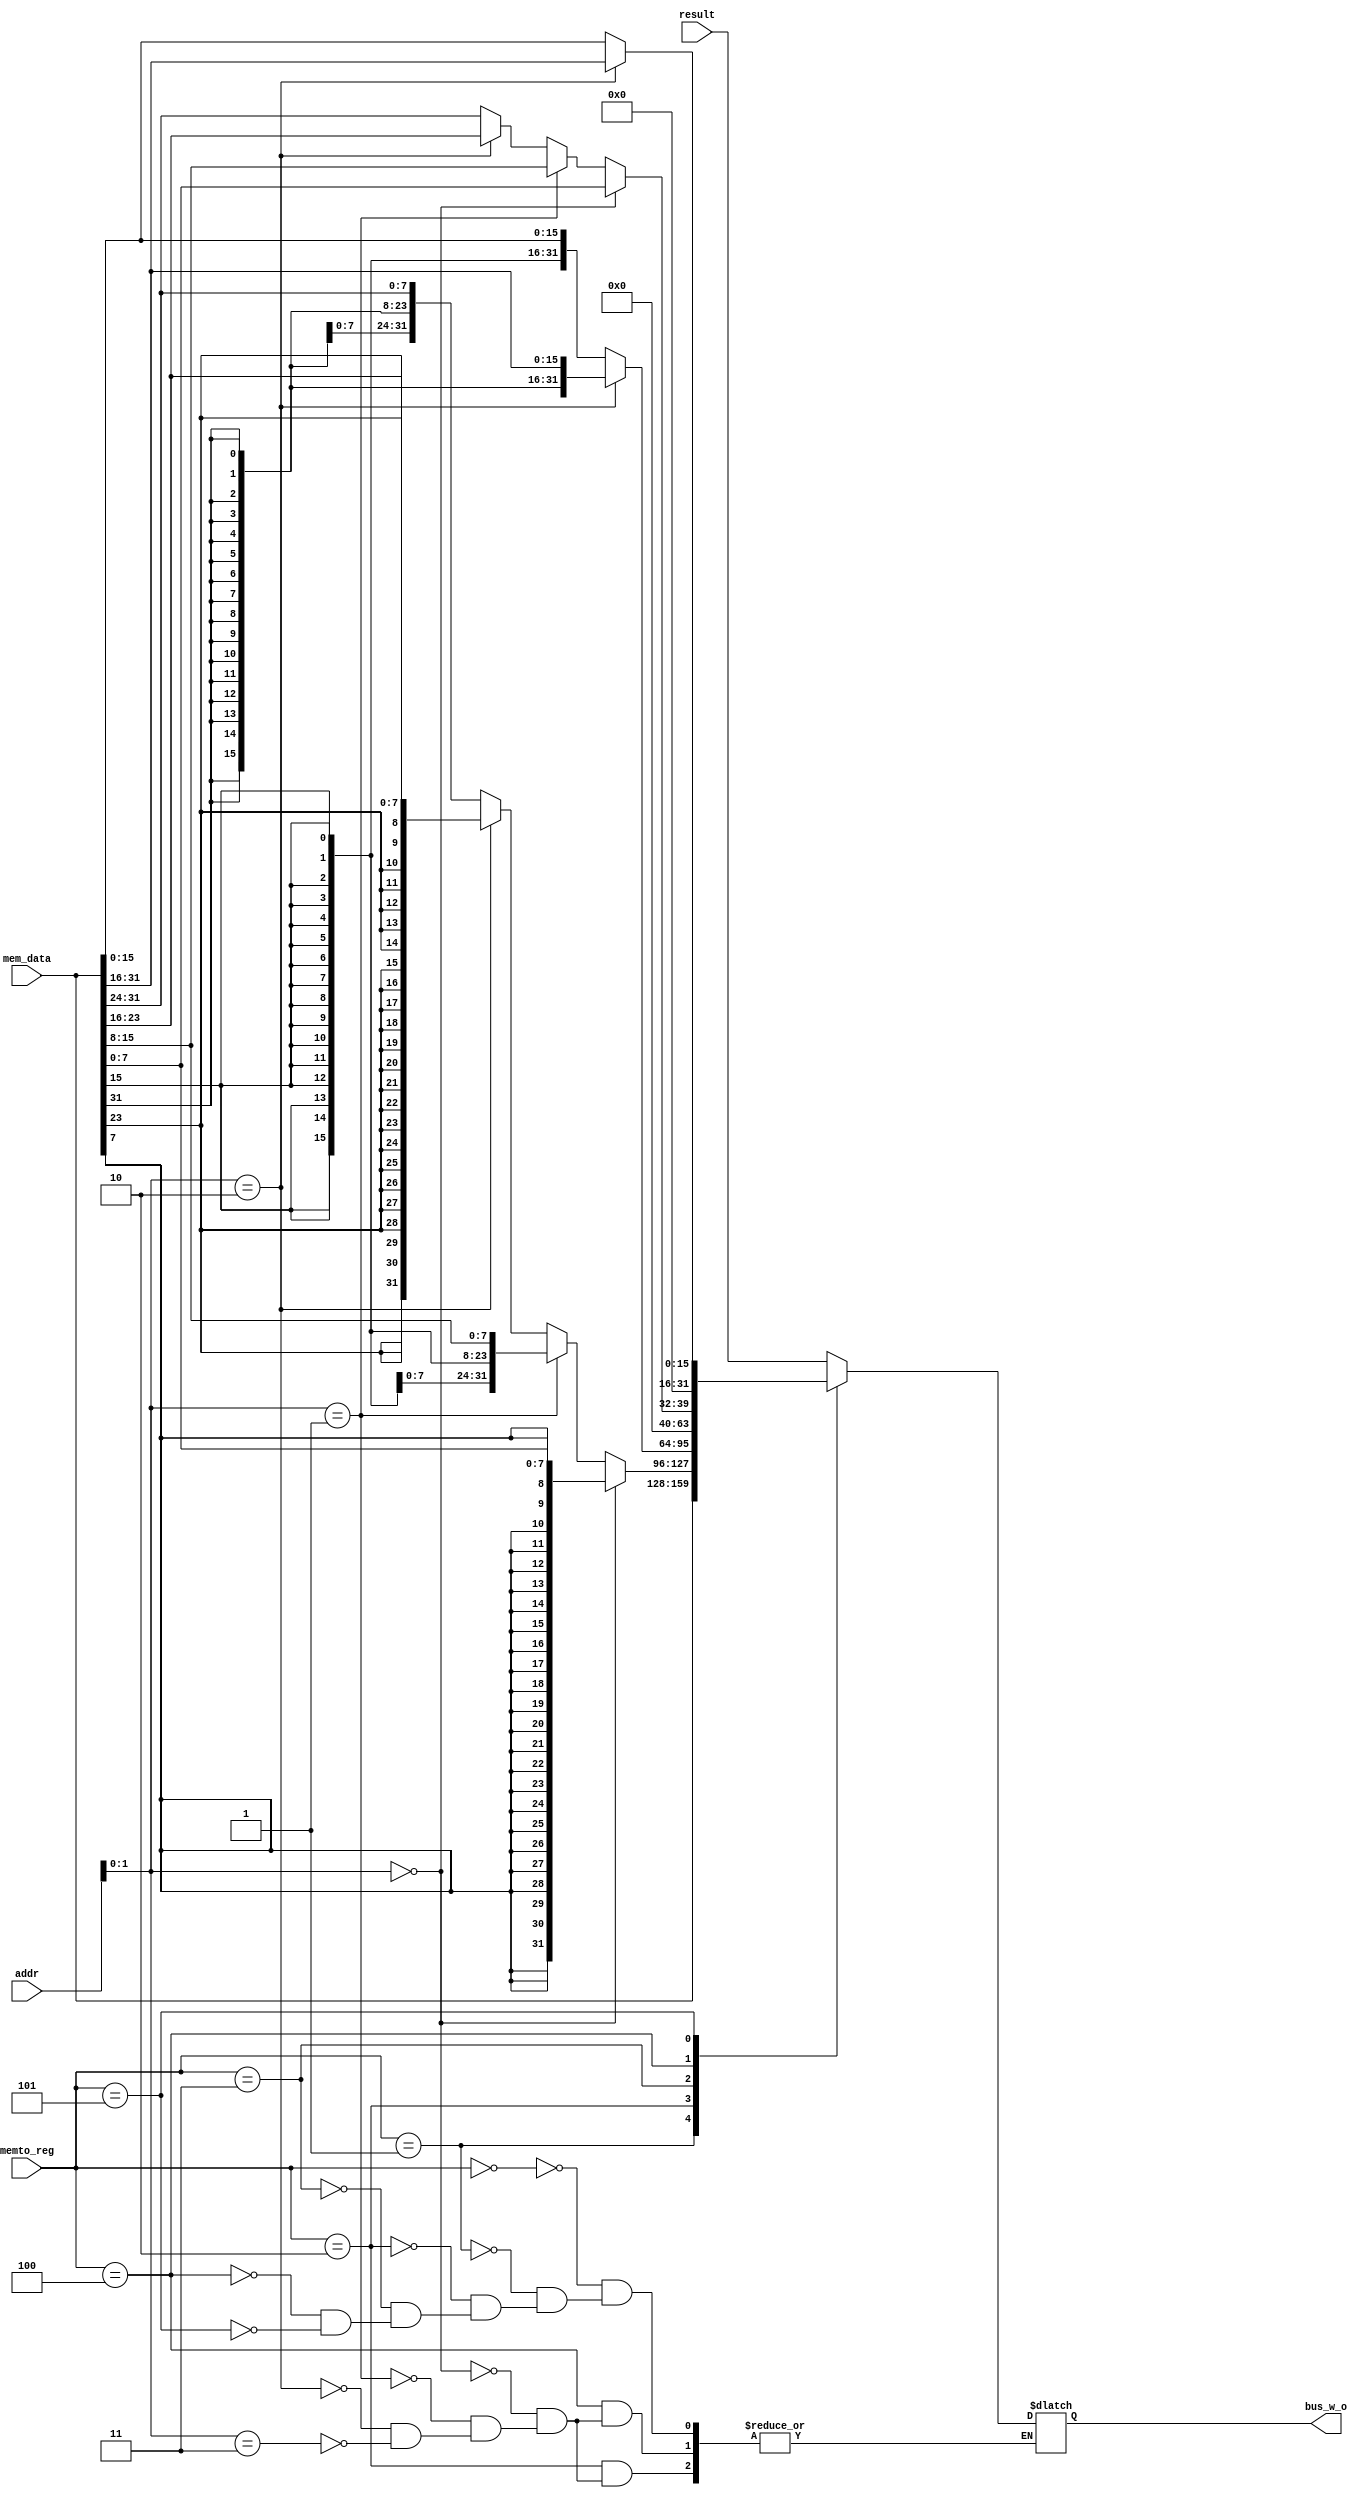
`timescale 1ns / 1ps
//////////////////////////////////////////////////////////////////////////////////
// Company: 
// Engineer: 
// 
// Design Name: 
// Module Name: mux_memto_reg
// Project Name: 
// Target Devices: 
// Tool Versions: 
// Description: 
// 
// Dependencies: 
// 
// Revision:
// Revision 0.01 - File Created
// Additional Comments:
// 
//////////////////////////////////////////////////////////////////////////////////


module mux_memto_reg(
    input [31:0]	result,
	input [31:0]	mem_data,
	input [2:0]		memto_reg,
	input [31:0]       addr,      // 
	output reg[31:0]	bus_w_o
    );
	
	always @ (*) begin
		
		case(memto_reg)
			3'b000: begin  // ALU
				bus_w_o <= result;
			end
			3'b001: begin  //  32
				bus_w_o <= mem_data;
			end
			3'b010: begin  //  832
				if(addr[1:0] == 0)
					bus_w_o <= {{24{mem_data[7]}}, mem_data[7:0]};
				else if(addr[1:0] == 1)
					bus_w_o <= {{24{mem_data[15]}}, mem_data[15:8]};
				else  if(addr[1:0] == 2)
					bus_w_o <= {{24{mem_data[23]}}, mem_data[23:16]};
				else  if(addr[1:0] == 3)
					bus_w_o <= {{24{mem_data[31]}}, mem_data[31:24]};
				
				//bus_w_o <= {{24{mem_data[7]}}, mem_data[7:0]};
			end
			3'b011: begin  //  1632
					if(addr[1:0] == 2'b10)
						bus_w_o <= {{16{mem_data[31]}}, mem_data[31:16]};
					else
						bus_w_o <= {{16{mem_data[15]}}, mem_data[15:0]};
			end
			3'b100: begin  //  832
				begin
				
				if(addr[1:0] == 0)
					bus_w_o <= {24'b0, mem_data[7:0]};
				else if(addr[1:0] == 1)
					bus_w_o <= {24'b0, mem_data[15:8]};
				else  if(addr[1:0] == 2)
					bus_w_o <= {24'b0, mem_data[23:16]};
				else  if(addr[1:0] == 3)
					bus_w_o <= {24'b0, mem_data[31:24]};
				end
			end
			3'b101: begin  //  1632
				if(addr[1:0] == 2'b10)
					bus_w_o <= {16'b0, mem_data[31:16]};
				else
					bus_w_o <= {16'b0, mem_data[15:0]};
			end
			default: begin
			end
		endcase
	end
endmodule